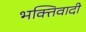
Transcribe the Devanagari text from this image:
भक्तिवादी